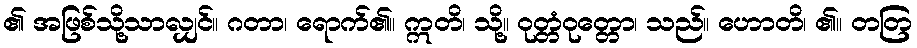
၏ အဖြစ်သို့သာလျှင်။ ဂတာ၊ ရောက်၏။ ဣတိ၊ သို့။ ဝုတ္တံဝုတ္တော၊ သည်။ ဟောတိ၊ ၏။ တတြ